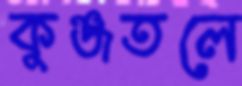
কুঞ্জতলে